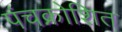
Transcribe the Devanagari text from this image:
पंचक्रोशित